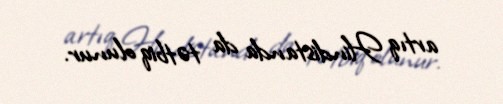
artıq Hindistanda da tətbiq olunur.